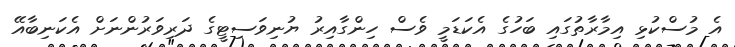
އެ މުސްކުޅި އިމާރާތުގައި ބަހުގެ އެކަޑަމީ ވެސް ހިންގާއިރު ޔުނިވަސިޓީގެ ދަރިވަރުންނަށް އެކަނިބާއޭ